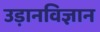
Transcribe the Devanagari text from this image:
उड़ानविज्ञान